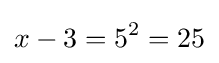
x-3=5^{2}=25